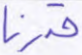
قدرنا